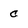
Character: c